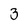
Character: 3